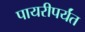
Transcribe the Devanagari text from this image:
पायरीपर्यंत